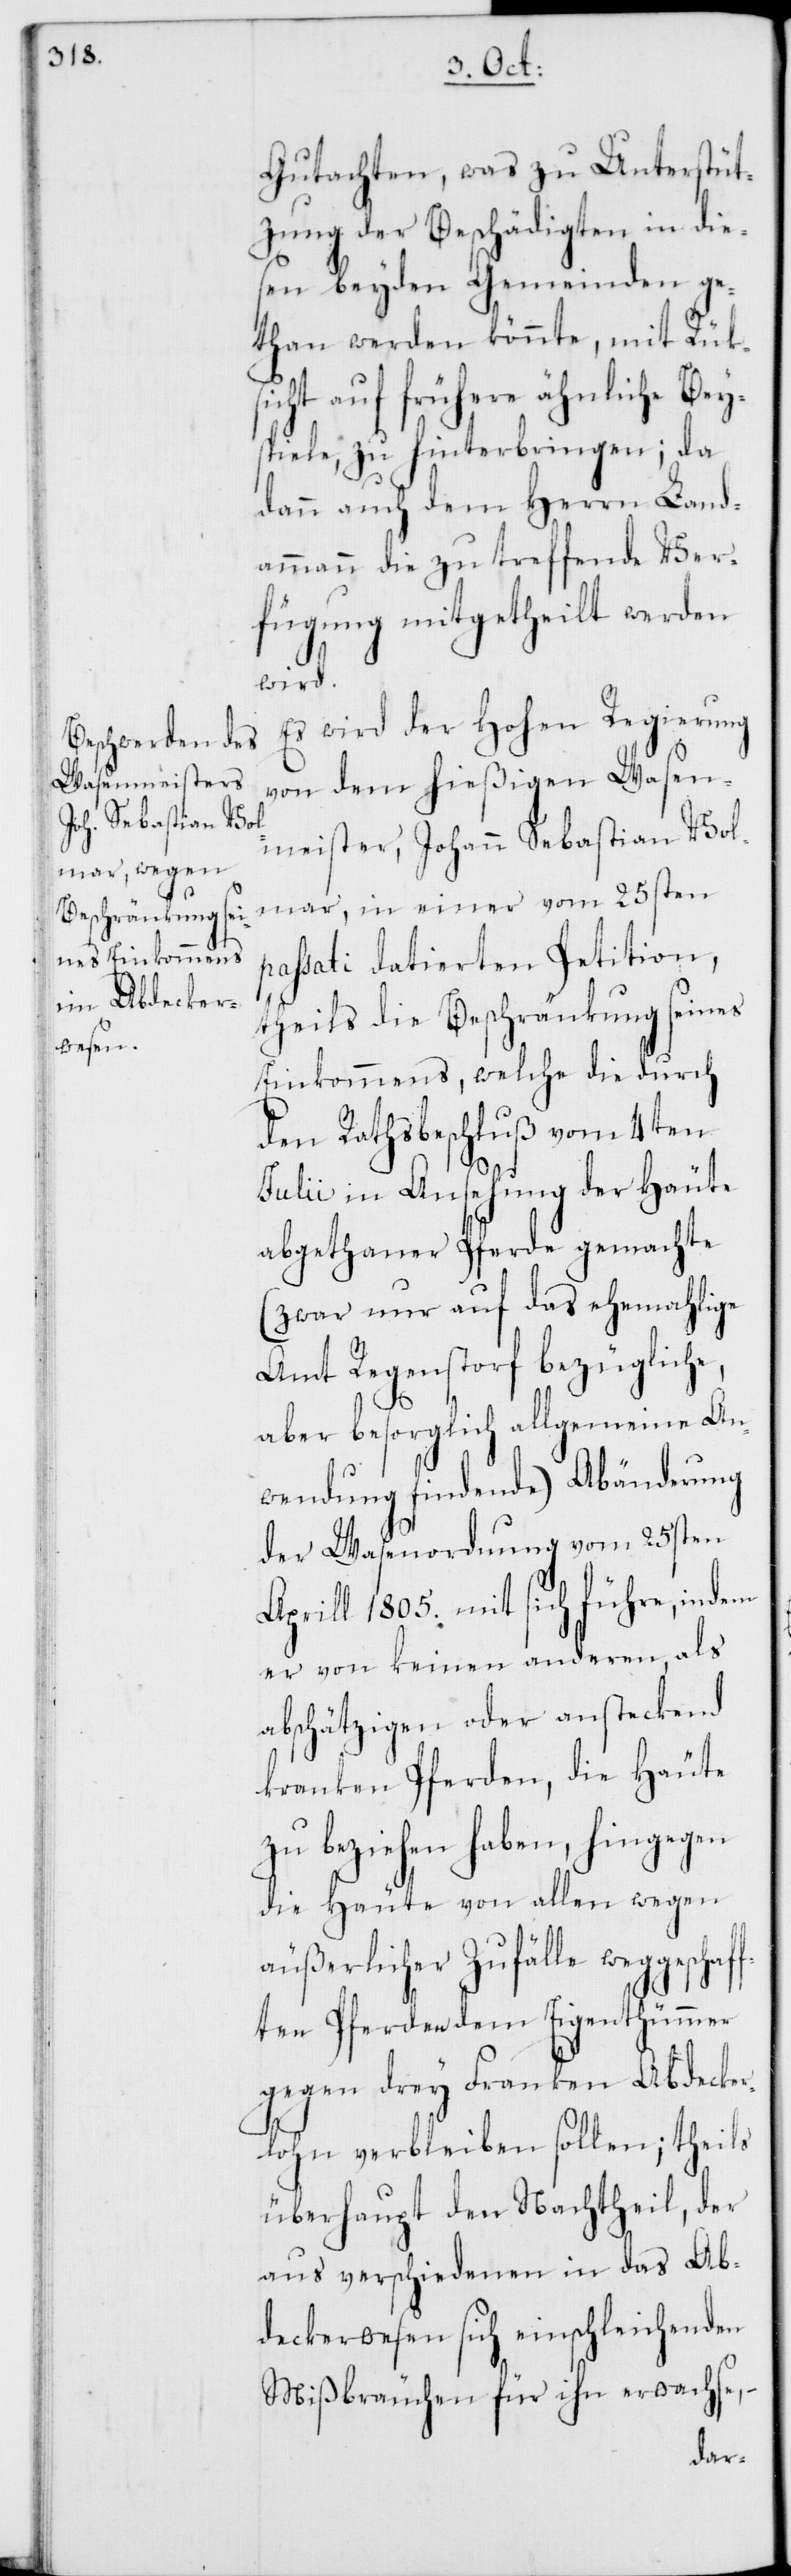
Gutachten, was zu Unterstüt¬
zung der Beschädigten in die¬
sen beyden Gemeinden ge¬
than werden könnte, mit Rük¬
sicht auf frühere ähnliche Bey¬
spiele, zu hinterbringen; da
dann auch dem Herrn Land¬
ammann die zu treffende Ver¬
fügung mitgetheilt werden
wird.
Es wird der Hohen Regierung
von dem hießigen Wasen¬
meister Johann Sebastian Vol¬
mar, in einer vom 25sten
passati datierten Petition,
theils die Beschränkung seines
Einkommens, welche die durch
den Rathsbeschluß vom 4ten
Julii in Ansehung der Häute
abgethaner Pferde gemachte
(zwar nur auf das ehemahlige
Amt Regenstorf bezügliche,
aber besorglich allgemeine An¬
wendung findende) Abänderung
der Wasenordnung vom 25sten
Aprill 1805. mit sich führe, indem
er von keinen anderen, als
abschätzigen oder ansteckend
kranken Pferden, die Häute
zu beziehen haben, hingegen
die Häute von allen wegen
äußerlicher Zufälle weggesch¬
ften Pferden dem Eigenthümmer
gegen drey Franken Abdecker¬
lohn verbleiben sollen; theils
überhaupt den Nachtheil, der
aus verschiedenen in das Ab¬
deckerwesen sich einschleichenden
Mißbräuchen für ihn erwachse, –
af¬